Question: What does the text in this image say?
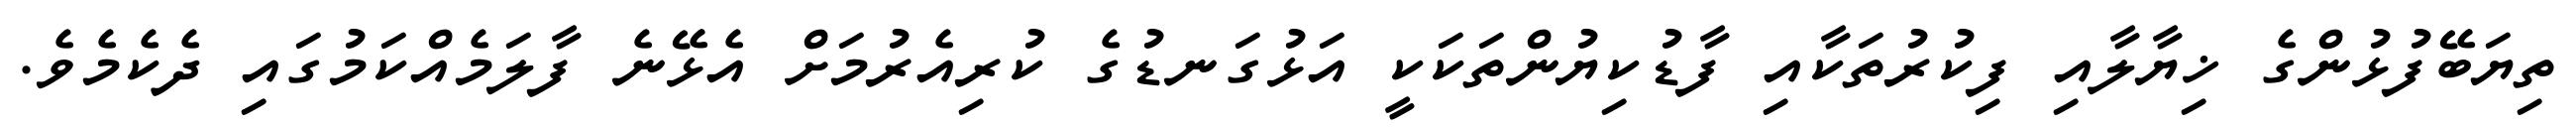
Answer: ތިޔަބޭފުޅުންގެ ޚިޔާލާއި ފިކުރުތަކާއި ފާޑުކިޔުންތަކަކީ އަޅުގަނޑުގެ ކުރިއެރުމަށް އެޅޭނެ ފާލަމެއްކަމުގައި ދެކެމެވެ.